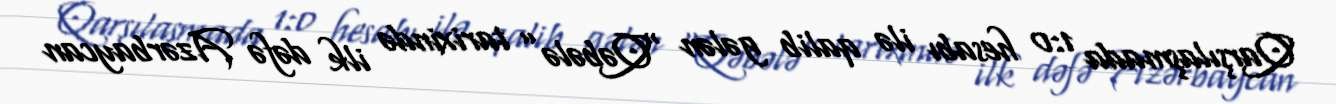
Qarşılaşmada 1:0 hesabı ilə qalib gələn “Qəbələ” tarixində ilk dəfə Azərbaycan